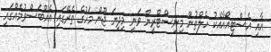
އާއި އެސްޓީއޯއާއެކު ހެލްތުން މިނިސްޓްރީން ވަނީ މިދިޔަ ޖޫން މަހުގެ ތެރޭގައި އެއްބަސްވުމެއްގައި